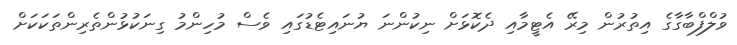
ވުލްފްބާގާގެ އިތުރުން މިރޭ އެޓީމާއި ދެކޮޅަށް ނިކުންނަ ޔުނައިޓެޑުގައި ވެސް މުހިންމު ގިނަކުޅުންތެރިންތަކަކަށް